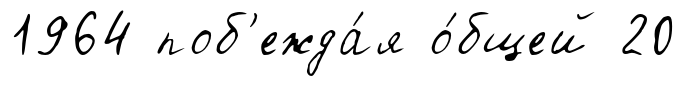
1964 поб'ежда́я о́бщей 20